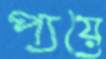
প্যয়ে